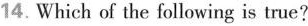
14. Which of the following is true?